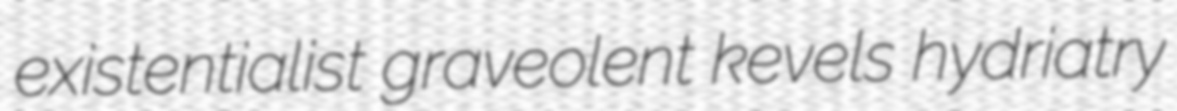
existentialist graveolent kevels hydriatry